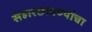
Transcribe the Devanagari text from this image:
संहारछावण्यांचा